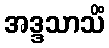
အဒ္ဒသာသိံ